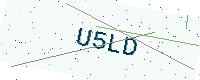
Text: U5LD